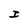
Character: I